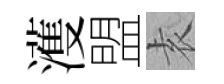
濩盟𡊮